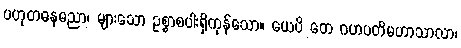
ပဟုတဓနဓညာ၊ များသော ဥစ္စာစပါးရှိကုန်သော။ ယေပိ တေ ဂဟပတိမဟာသာလာ၊